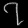
Digit: ၇